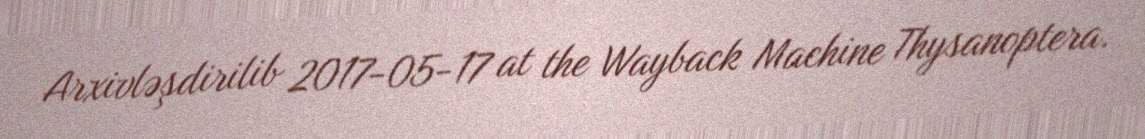
Arxivləşdirilib 2017-05-17 at the Wayback Machine Thysanoptera.